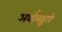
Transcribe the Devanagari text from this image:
अर्थालङ्कारो